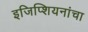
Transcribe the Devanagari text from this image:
इजिप्शियनांचा